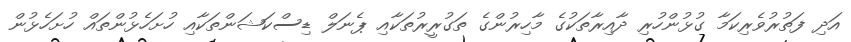
އަދި ފަތުރުވެރިކަމާ ގުޅުންހުރި ދާއިރާތަކުގެ މާހިރުންގެ ތަގުރީރުތަކާއި ޕެނަލް ޑިސްކަޝަންތަކާއި ހުށަހެޅުންތައް ހުށަހެޅުން